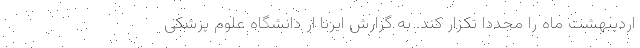
اردیبهشت ماه را مجددا تکرار کند. به گزارش ایرنا ار دانشگاه علوم پزشکی